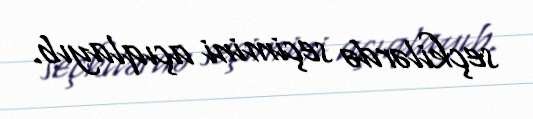
seçkilərdə seçimini açıqlayıb.